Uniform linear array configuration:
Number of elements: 12
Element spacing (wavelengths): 0.75
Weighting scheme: binomial
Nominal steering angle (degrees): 45
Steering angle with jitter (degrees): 45.321
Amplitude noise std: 0.05
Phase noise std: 0.05

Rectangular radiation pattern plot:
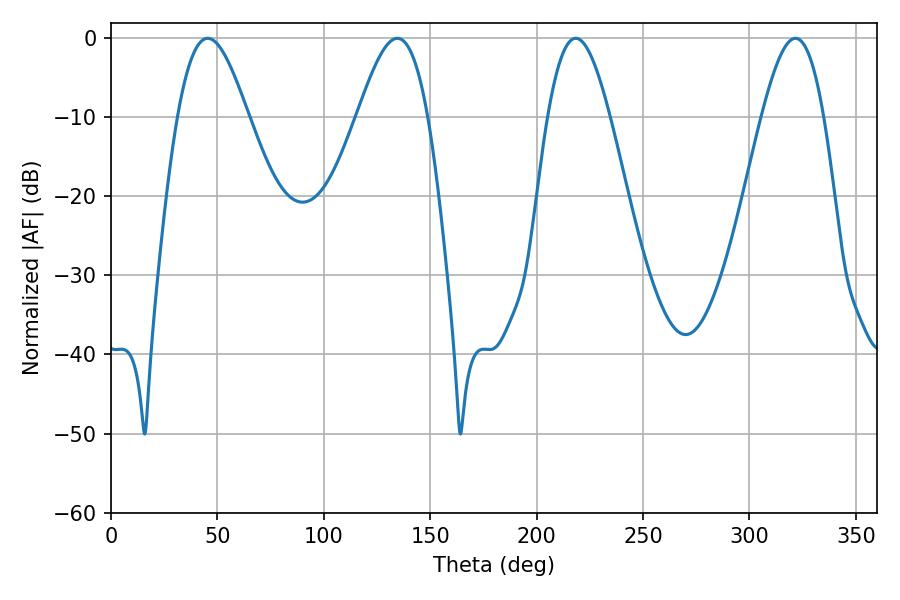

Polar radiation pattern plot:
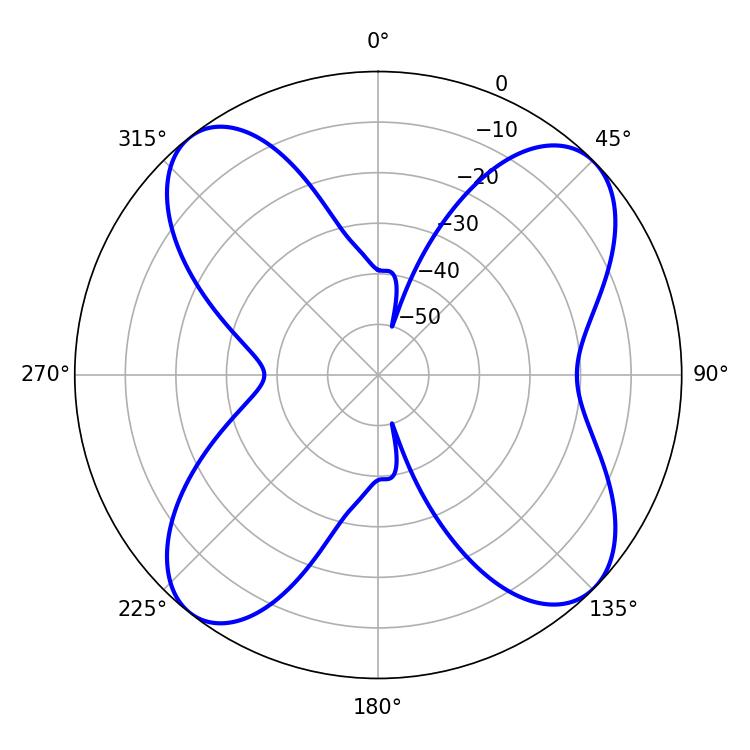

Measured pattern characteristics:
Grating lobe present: TRUE
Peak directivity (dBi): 12.08
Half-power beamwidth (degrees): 15.66
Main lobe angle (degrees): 218.34